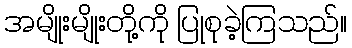
အမျိုးမျိုးတို့ကို ပြုစုခဲ့ကြသည်။